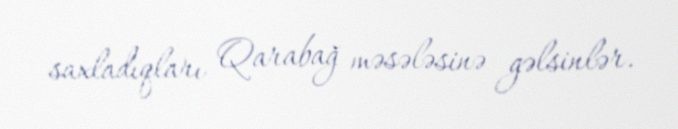
saxladıqları Qarabağ məsələsinə gəlsinlər.